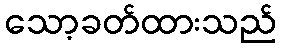
သော့ခတ်ထားသည်